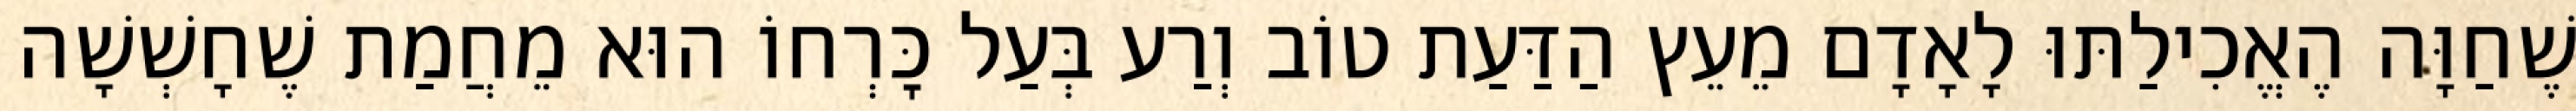
שֶׁחַוָּה הֶאֱכִילַתּוּ לָאָדָם מֵעֵץ הַדַּעַת טוֹב וְרַע בְּעַל כׇּרְחוֹ הוּא מֵחֲמַת שֶׁחָשְׁשָׁה